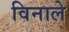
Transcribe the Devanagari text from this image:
विनाले